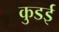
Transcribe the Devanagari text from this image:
कुडई